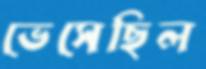
ভেসেছিল